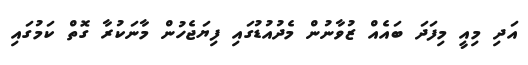
އަދި މިއީ މިފަދަ ބައެއް ޒުވާނުން މެދުއުޑުގައި ފިޔަޖެހުން މާނަކުރާ ގޮތް ކަމުގައި